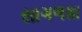
સાગળશા